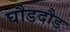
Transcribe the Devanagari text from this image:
घौडदौड